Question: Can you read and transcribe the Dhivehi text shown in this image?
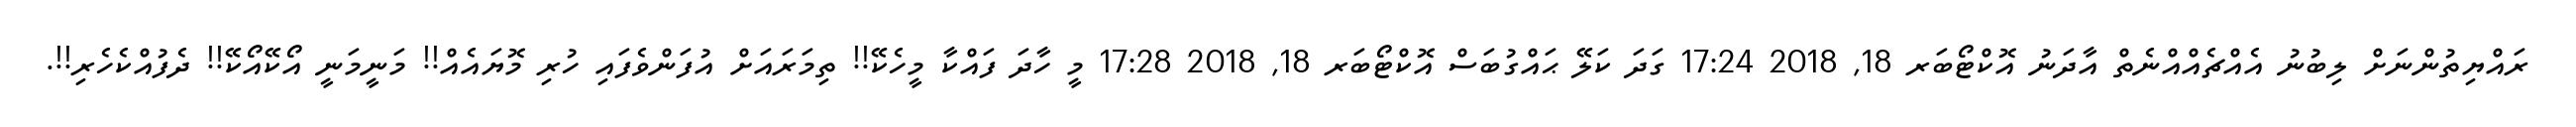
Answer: ރައްޔިތުންނަށް ލިބުނު އެއްޗެއްއްނެތް އާދަނު އޮކްޓޯބަރ 18, 2018 17:24 ގަދަ ކަލޭ ޙައްގުބަސް އޮކްޓޯބަރ 18, 2018 17:28 މީ ހާދަ ފައްކާ މީހެކޭ!! ތިމަރައަށް އުފަންވެފައި ހުރި މޮޔައެއް!! މަނީމަނީ އޯކޭއޯކޭ!! ދެފުއްކެހެރި!!.